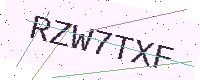
Text: RZW7TXF